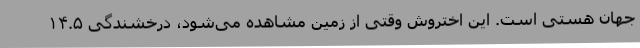
جهان هستی است. این اختروش وقتی از زمین مشاهده می‌شود، درخشندگی ۱۴.۵